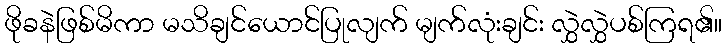
ဖိုခနဲဖြစ်မိကာ မသိချင်ယောင်ပြုလျက် မျက်လုံးချင်း လွှဲလွှဲပစ်ကြရ၏။